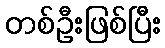
တစ်ဦးဖြစ်ပြီး